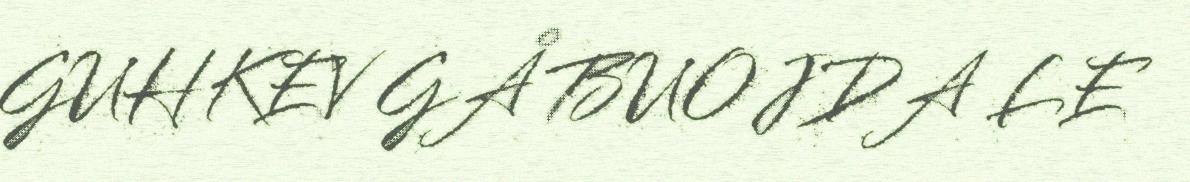
GUHKEV GÅ BUOJDA LE